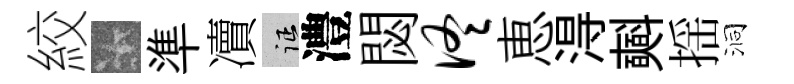
絞卡準凟征澧閟佟恵淂𣂏揺洞